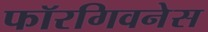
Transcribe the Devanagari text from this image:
फॉरगिवनेस